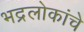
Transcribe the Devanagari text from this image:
भद्रलोकांचे